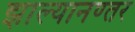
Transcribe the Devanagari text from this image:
झाल्यानण्तर